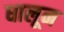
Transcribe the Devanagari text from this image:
धालून